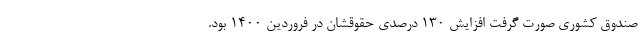
صندوق کشوری صورت گرفت افزایش ۱۳۰ درصدی حقوقشان در فروردین ۱۴۰۰ بود.